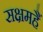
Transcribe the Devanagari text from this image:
सक्षमहैं